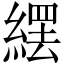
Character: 𦃿